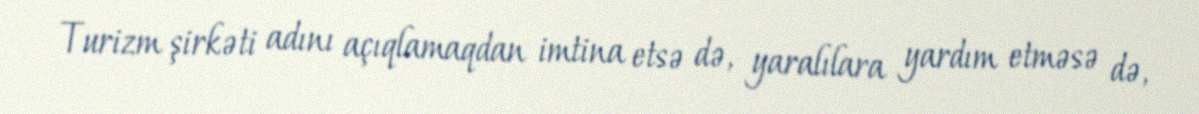
Turizm şirkəti adını açıqlamaqdan imtina etsə də, yaralılara yardım etməsə də,